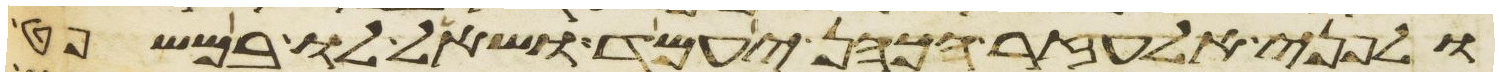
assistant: ולפני אלעזר הכהן יעמד ושאל לו במשפט